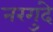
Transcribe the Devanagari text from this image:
नरगुंदे